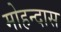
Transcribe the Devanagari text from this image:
मोहन्दास